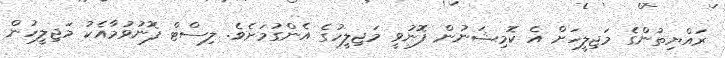
ރައްޔިތުންގެ މަޖިލީހަށް އެ ކޮމިޝަނުން ފޮނުވީ މަޖިލީހުގެ އެންގުމަށެވެ. ލިސްޓް ފޮނުވުމާއެކު މަޖިލީހުން